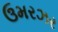
ઉમરઝર